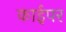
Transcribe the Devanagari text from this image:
काईपर